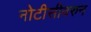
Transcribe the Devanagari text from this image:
नोटीसीवरुन